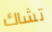
تشاك